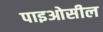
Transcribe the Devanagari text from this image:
पाइओसील